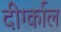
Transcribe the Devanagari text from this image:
दीर्ग्काल